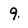
Character: 9